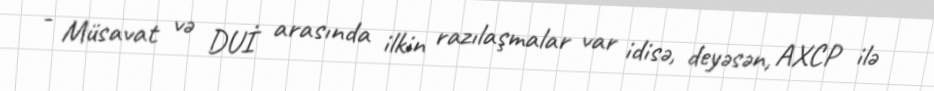
- Müsavat və DUİ arasında ilkin razılaşmalar var idisə, deyəsən, AXCP ilə